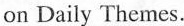
on Daily Themes.